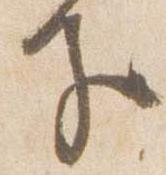
子